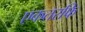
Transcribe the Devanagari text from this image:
एकतरफि